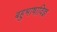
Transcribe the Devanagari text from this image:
बहुभाषाविज्ञ